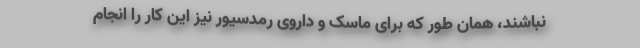
نباشند، همان طور که برای ماسک و داروی رمدسیور نیز این کار را انجام